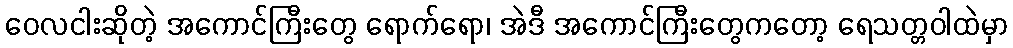
ဝေလငါးဆိုတဲ့ အကောင်ကြီးတွေ ရောက်ရော၊ အဲဒီ အကောင်ကြီးတွေကတော့ ရေသတ္တဝါထဲမှာ